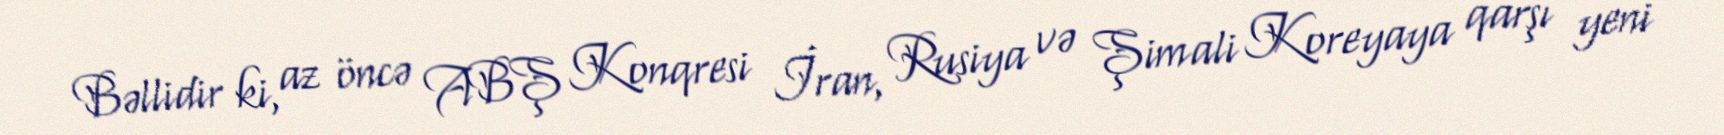
Bəllidir ki, az öncə ABŞ Konqresi İran, Rusiya və Şimali Koreyaya qarşı yeni